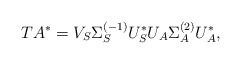
LaTeX: \begin{align*}T A^* = V_S \Sigma_S^{(-1)} U_S^* U_A \Sigma_A^{(2)} U_A^*,\end{align*}